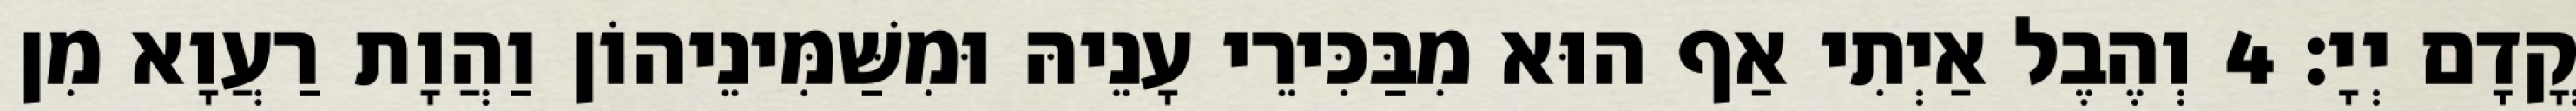
קֳדָם יְיָ׃ 4 וְהֶבֶל אַיְתִי אַף הוּא מִבַּכִּירֵי עָנֵיהּ וּמִשַּׁמִּינֵיהוֹן וַהֲוָת רַעֲוָא מִן